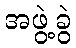
အဖွဲ့ခွဲ